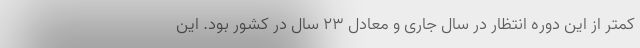
کمتر از این دوره انتظار در سال جاری و معادل ۲۳ سال در کشور بود. این